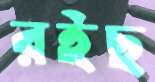
রইছ